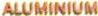
ALUMINIUM